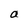
Character: a